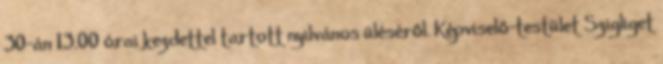
30-án 13.00 órai kezdettel tartott nyilvános üléséről. Képviselő-testület Szigliget